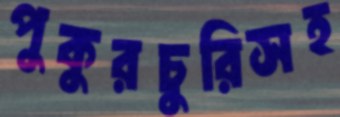
পুকুরচুরিসহ